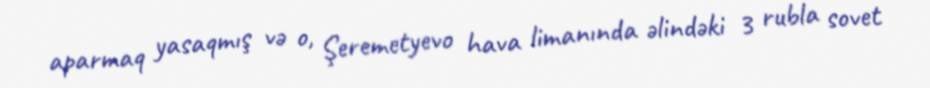
aparmaq yasaqmış və o, Şeremetyevo hava limanında əlindəki 3 rubla sovet